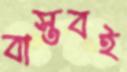
বাস্তবই